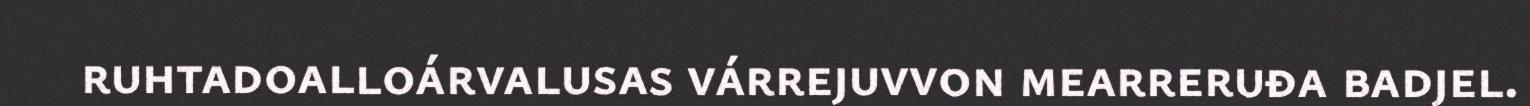
ruhtadoalloárvalusas várrejuvvon mearreruđa badjel.